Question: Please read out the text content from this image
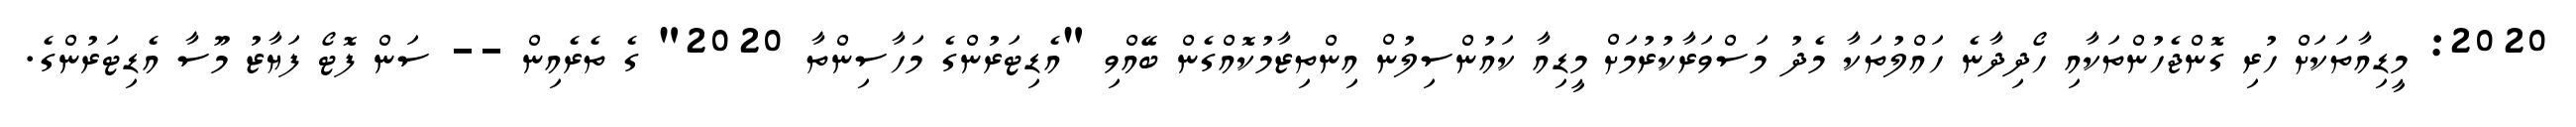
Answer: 2020: މީޑިއާތަކަށް ހުރި ގޮންޖެހުންތަކާއި ހޯދިދާނެ ހައްލުތަކާ މެދު މަސްވަރާކުރުމަށް މީޑިއާ ކައުންސިލުން އިންތިޒާމުކޮއްގެން ބޭއްވި "އެޑިޓަރުންގެ މަހާސިންތާ 2020" ގެ ތެރެއިން -- ސަން ފޮޓޯ ފަޔާޒު މޫސާ އެޑިޓަރުންގެ.